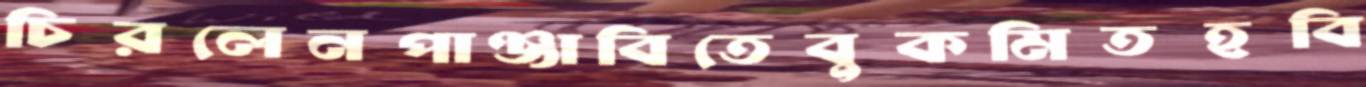
চিরলেনপাঞ্জাবিতেবুকমিতহবি